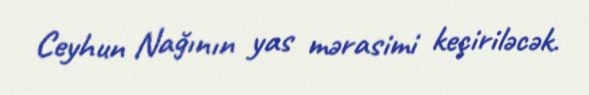
Ceyhun Nağının yas mərasimi keçiriləcək.